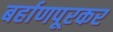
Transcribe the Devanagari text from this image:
बर्हाणपूरकर